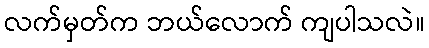
လက်မှတ်က ဘယ်လောက် ကျပါသလဲ။